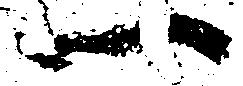
一